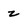
Character: z